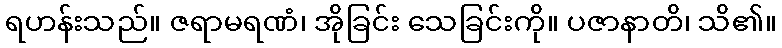
ရဟန်းသည်။ ဇရာမရဏံ၊ အိုခြင်း သေခြင်းကို။ ပဇာနာတိ၊ သိ၏။